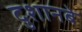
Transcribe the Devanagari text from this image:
दुशानबे